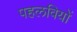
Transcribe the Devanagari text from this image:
पहलवियों